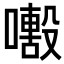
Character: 𡁒